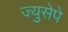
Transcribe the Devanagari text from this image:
ज्युसेपे